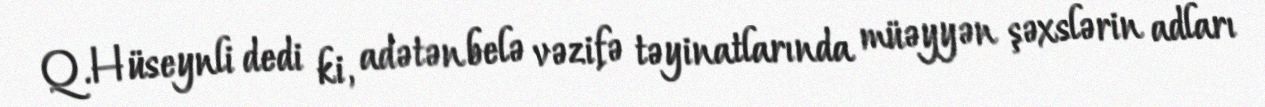
Q.Hüseynli dedi ki, adətən belə vəzifə təyinatlarında müəyyən şəxslərin adları